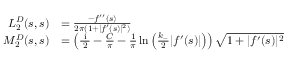
\begin{array} { r l } { L _ { 2 } ^ { D } ( s , s ) } & { = \frac { - f ^ { \prime \prime } ( s ) } { 2 \pi ( 1 + | f ^ { \prime } ( s ) | ^ { 2 } ) } } \\ { M _ { 2 } ^ { D } ( s , s ) } & { = \left( \frac { \textrm { i } } { 2 } - \frac { C } { \pi } - \frac { 1 } { \pi } \ln \left( \frac { k _ { - } } { 2 } | f ^ { \prime } ( s ) | \right) \right) \sqrt { 1 + | f ^ { \prime } ( s ) | ^ { 2 } } } \end{array}